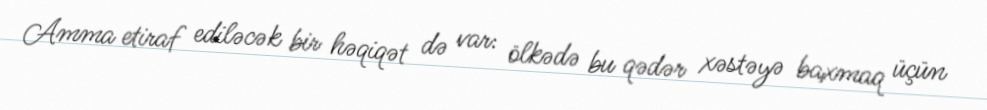
Amma etiraf ediləcək bir həqiqət də var: ölkədə bu qədər xəstəyə baxmaq üçün